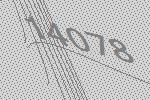
14078